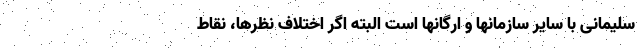
سلیمانی با سایر سازمانها و ارگانها است البته اگر اختلاف نظرها، نقاط